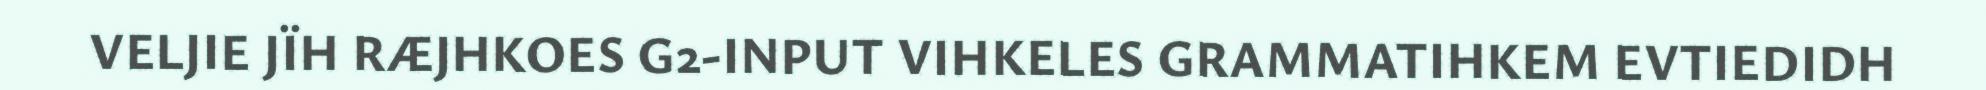
VELJIE JÏH RÆJHKOES G2-INPUT VIHKELES GRAMMATIHKEM EVTIEDIDH